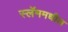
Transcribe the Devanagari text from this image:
स्लॅममधील